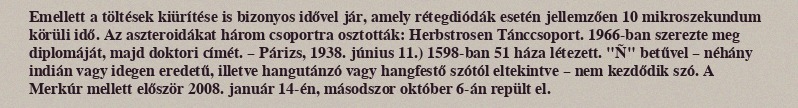
Emellett a töltések kiürítése is bizonyos idővel jár, amely rétegdiódák esetén jellemzően 10 mikroszekundum körüli idő. Az aszteroidákat három csoportra osztották: Herbstrosen Tánccsoport. 1966-ban szerezte meg diplomáját, majd doktori címét. – Párizs, 1938. június 11.) 1598-ban 51 háza létezett. "Ñ" betűvel – néhány indián vagy idegen eredetű, illetve hangutánzó vagy hangfestő szótól eltekintve – nem kezdődik szó. A Merkúr mellett először 2008. január 14-én, másodszor október 6-án repült el.